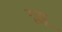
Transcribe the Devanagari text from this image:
रूझू